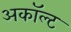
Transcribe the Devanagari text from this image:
अकॉल्ट